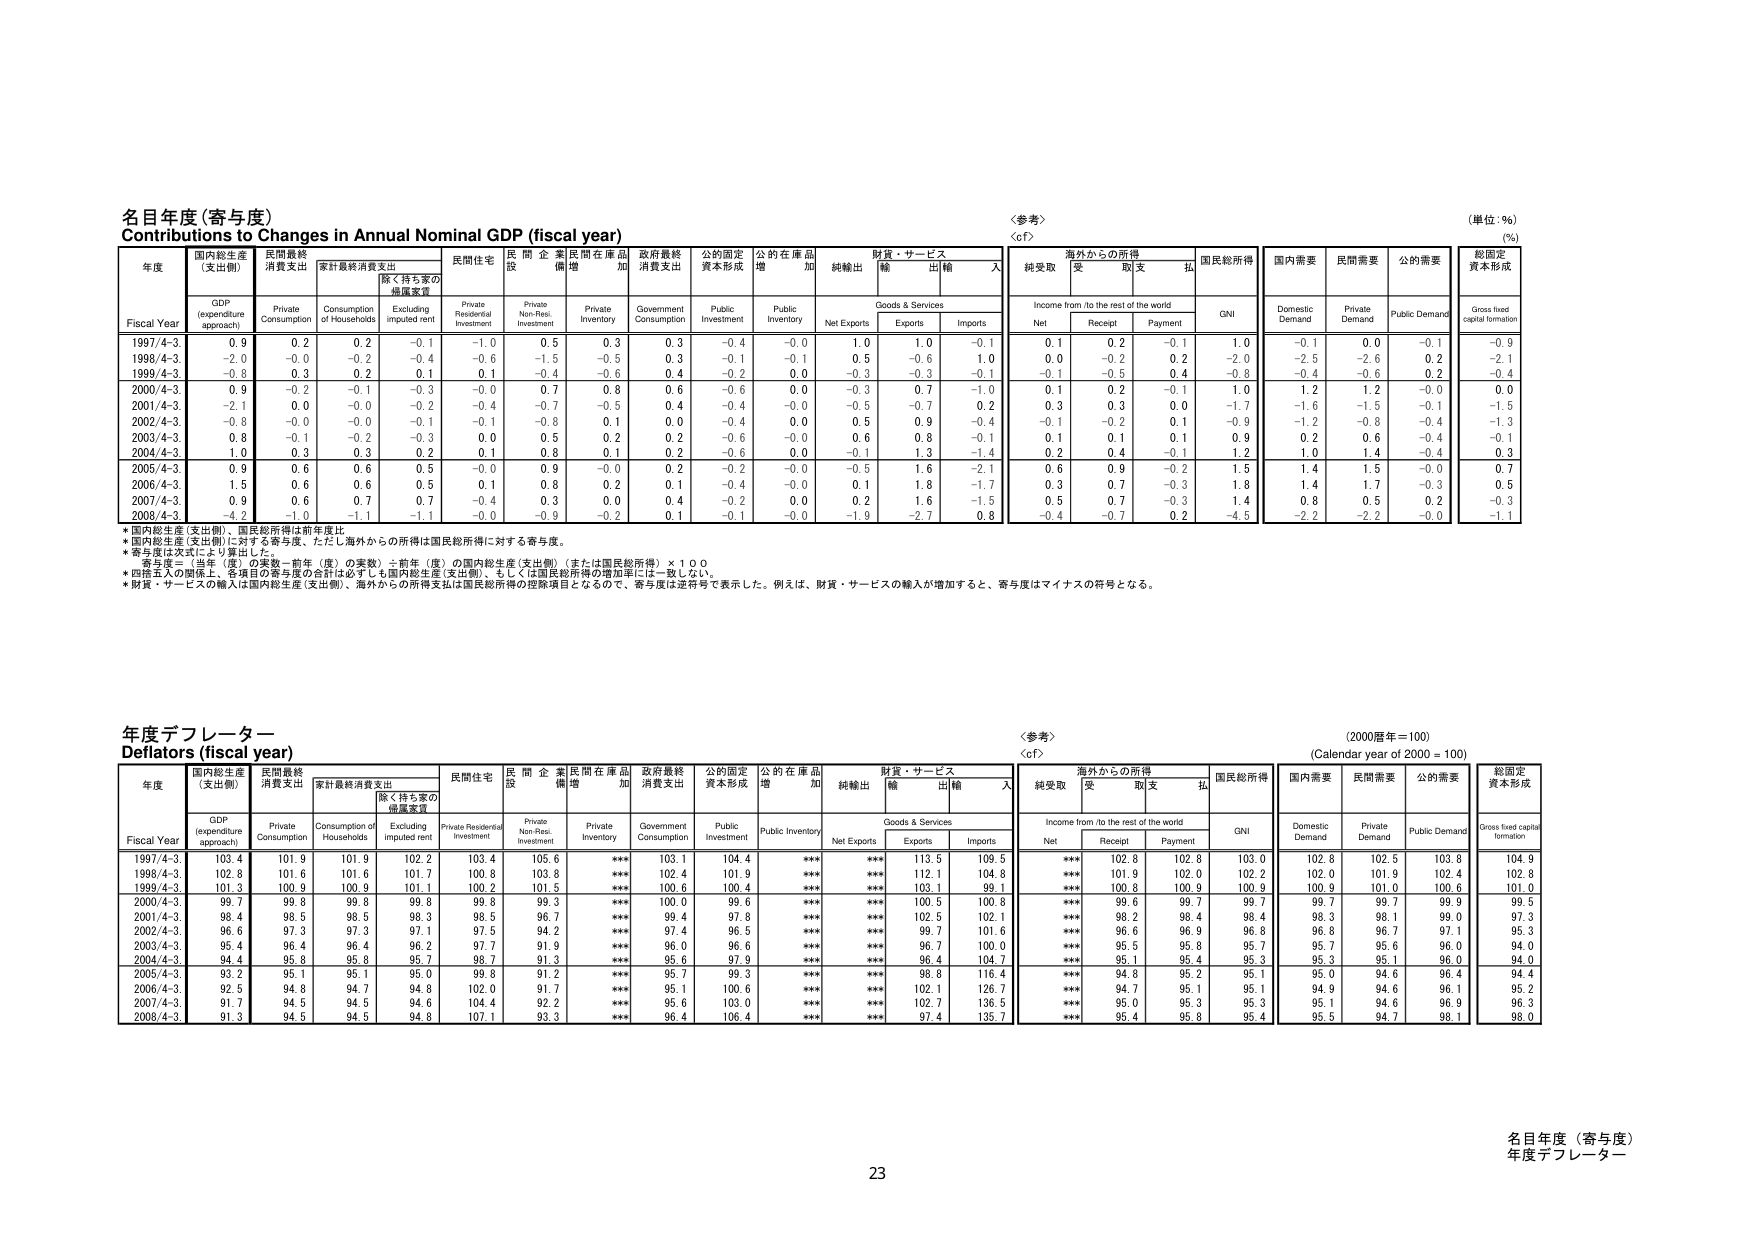
名目年度（寄与度）
Contributions to Changes in Annual Nominal GDP (fiscal year)

〈参考〉
〈cf〉

（単位：％）
（%）

年度
Fiscal Year
国内総生産（支出側）
GDP (expenditure approach)
民間最終消費支出
Private Consumption
家計最終消費支出
Consumption of Households
除く持ち家の帰還家賃
Excluding imputed rent
民間住宅
Private Residential Investment
民間企業設備増
Private Non-Resi. Investment
民間在庫品増加
Private Inventory
政府最終消費支出
Government Consumption
公的固定資本形成
Public Investment
公的在庫品増加
Public Inventory
純輸出
Net Exports
財貨・サービス
Goods & Services
輸出
Exports
輸入
Imports
海外からの所得
Income from /to the rest of the world
純受取
Net
受取
Receipt
販支
Payment
払
国民総所得
GNI
国内需要
Domestic Demand
民間需要
Private Demand
公的需要
Public Demand
総固定資本形成
Gross fixed capital formation

1997/4-3
0.9
0.2
0.2
-0.1
-1.0
0.5
0.3
0.3
-0.4
-0.0
1.0
1.0
-0.1
0.1
0.2
-0.1
1.0
-0.1
0.0
-0.1
-0.9

1998/4-3
-2.0
-0.0
-0.2
-0.4
-0.6
-1.5
-0.5
0.3
-0.1
-0.1
0.5
-0.6
1.0
0.0
-0.2
0.2
-2.0
-2.5
-2.6
0.2
-2.1

1999/4-3
-0.8
0.3
0.2
0.1
0.1
-0.4
-0.6
0.4
-0.2
0.0
-0.3
-0.3
-0.1
-0.1
-0.5
0.4
-0.8
-0.4
-0.6
0.2
-0.4

2000/4-3
0.9
-0.2
-0.1
-0.3
-0.0
0.7
0.8
0.6
-0.6
0.0
-0.3
0.7
-1.0
0.1
0.2
-0.1
1.0
1.2
1.2
-0.0
0.0

2001/4-3
-2.1
0.0
-0.0
-0.2
-0.4
-0.7
-0.5
0.4
-0.4
-0.0
-0.5
-0.7
0.2
0.3
0.3
0.0
-1.7
-1.6
-1.5
-0.1
-1.5

2002/4-3
-0.8
-0.0
-0.0
-0.1
-0.1
-0.8
0.1
0.0
-0.4
0.0
0.5
0.9
-0.4
-0.1
-0.2
0.1
-0.9
-1.2
-0.8
-0.4
-1.3

2003/4-3
0.8
-0.1
-0.2
-0.3
0.0
0.5
0.2
0.2
-0.6
-0.0
0.6
0.8
-0.1
0.1
0.1
0.1
0.9
0.2
0.6
-0.4
-0.1

2004/4-3
1.0
0.3
0.3
0.2
0.1
0.8
0.1
0.2
-0.6
0.0
-0.1
1.3
-1.4
0.2
0.4
-0.1
1.2
1.0
1.4
-0.4
0.3

2005/4-3
0.9
0.6
0.6
0.5
-0.0
0.9
-0.0
0.2
-0.2
-0.0
-0.5
1.6
-2.1
0.6
0.9
-0.2
1.5
1.4
1.5
-0.0
0.7

2006/4-3
1.5
0.6
0.6
0.5
0.1
0.8
0.2
0.1
-0.4
-0.0
0.1
1.8
-1.7
0.3
0.7
-0.3
1.8
1.4
1.7
-0.3
0.5

2007/4-3
0.9
0.6
0.7
0.7
-0.4
0.3
0.0
0.4
-0.2
0.0
0.2
1.6
-1.5
0.5
0.7
-0.3
1.4
0.8
0.5
0.2
-0.3

2008/4-3
-4.2
-1.0
-1.1
-1.1
-0.0
-0.9
-0.2
0.1
-0.1
-0.0
-1.9
-2.7
0.8
-0.4
-0.7
0.2
-4.5
-2.2
-2.2
-0.0
-1.1

*国内総生産（支出側）、国民総所得は前年度比。
*国内総生産（支出側）に対する寄与度、ただし海外からの所得は国民総所得に対する寄与度。
*寄与度は次式により算出した。
　寄与度＝（当年（度）の実数－前年（度）の実数）÷前年（度）の国内総生産（支出側）（または国民総所得）×１００
*四捨五入の関係上、各項目の寄与度の合計は必ずしも国内総生産（支出側）、もしくは国民総所得の増加率には一致しない。
*財貨・サービスの輸入は国内総生産（支出側）、海外からの所得支出は国民総所得の控除項目となるので、寄与度は逆符号で表示した。例えば、財貨・サービスの輸入が増加すると、寄与度はマイナスの符号となる。

年度デフレーター
Deflators (fiscal year)

〈参考〉
〈cf〉

（2000暦年＝100）
(Calendar year of 2000 = 100)

年度
Fiscal Year
国内総生産（支出側）
GDP (expenditure approach)
民間最終消費支出
Private Consumption
家計最終消費支出
Consumption of Households
除く持ち家の帰還家賃
Excluding imputed rent
民間住宅
Private Residential Investment
民間企業設備増
Private Non-Resi. Investment
民間在庫品増加
Private Inventory
政府最終消費支出
Government Consumption
公的固定資本形成
Public Investment
公的在庫品増加
Public Inventory
純輸出
Net Exports
財貨・サービス
Goods & Services
輸出
Exports
輸入
Imports
海外からの所得
Income from /to the rest of the world
純受取
Net
受取
Receipt
販支
Payment
払
国民総所得
GNI
国内需要
Domestic Demand
民間需要
Private Demand
公的需要
Public Demand
総固定資本形成
Gross fixed capital formation

1997/4-3
103.4
101.9
101.9
102.2
103.4
105.6
***
103.1
104.4
***
***
113.5
109.5
***
102.8
102.8
103.0
102.8
102.5
103.8
104.9

1998/4-3
102.8
101.6
101.6
101.7
100.8
103.8
***
102.4
101.9
***
***
112.1
104.8
***
101.9
102.0
102.2
102.0
101.9
102.4
102.8

1999/4-3
101.3
100.9
100.9
101.1
100.2
101.5
***
100.6
100.4
***
***
103.1
99.1
***
100.8
100.9
100.9
100.9
101.0
100.6
101.0

2000/4-3
99.7
99.8
99.8
99.8
99.8
99.3
***
100.0
99.6
***
***
100.5
100.8
***
99.6
99.7
99.7
99.7
99.7
99.9
99.5

2001/4-3
98.4
98.5
98.5
98.3
98.5
96.7
***
99.4
97.8
***
***
102.5
102.1
***
98.2
98.4
98.4
98.3
98.1
99.0
97.3

2002/4-3
96.6
97.3
97.3
97.1
97.5
94.2
***
97.4
96.5
***
***
99.7
101.6
***
96.6
96.9
96.8
96.8
96.7
97.1
95.3

2003/4-3
95.4
96.4
96.4
96.2
97.7
91.9
***
96.0
96.6
***
***
96.7
100.0
***
95.5
95.8
95.7
95.7
95.6
96.0
94.0

2004/4-3
94.4
95.8
95.8
95.7
98.7
91.3
***
95.6
97.9
***
***
96.4
104.7
***
95.1
95.4
95.3
95.3
95.1
96.0
94.0

2005/4-3
93.2
95.1
95.1
95.0
99.8
91.2
***
95.7
99.3
***
***
98.8
116.4
***
94.8
95.2
95.1
95.0
94.6
96.4
94.4

2006/4-3
92.5
94.8
94.7
94.8
102.0
91.7
***
95.1
100.6
***
***
102.1
126.7
***
94.7
95.1
95.1
94.9
94.6
96.1
95.2

2007/4-3
91.7
94.5
94.5
94.6
104.4
92.2
***
95.6
103.0
***
***
102.7
136.5
***
95.0
95.3
95.3
95.1
94.6
96.9
96.3

2008/4-3
91.3
94.5
94.5
94.8
107.1
93.3
***
96.4
106.4
***
***
97.4
135.7
***
95.4
95.8
95.4
95.5
94.7
98.1
98.0

名目年度（寄与度）
年度デフレーター

23